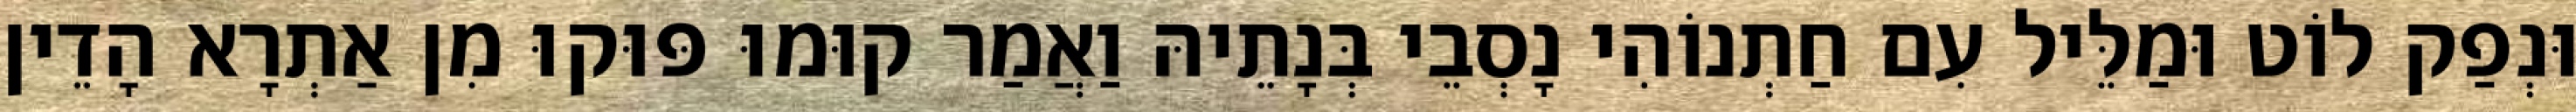
וּנְפַק לוֹט וּמַלֵּיל עִם חַתְנוֹהִי נָסְבֵי בְּנָתֵיהּ וַאֲמַר קוּמוּ פּוּקוּ מִן אַתְרָא הָדֵין